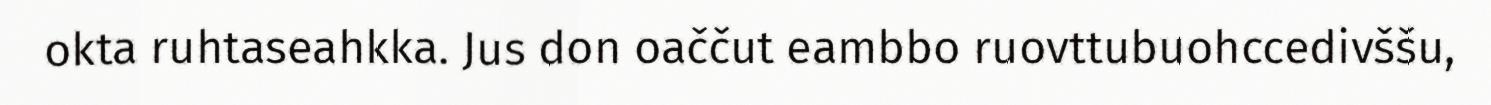
okta ruhtaseahkka. Jus don oaččut eambbo ruovttubuohccedivššu,